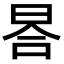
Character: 𣆗